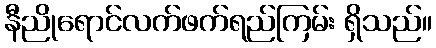
နီညိုရောင်လက်ဖက်ရည်ကြမ်း ရှိသည်။